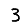
Digit: 3